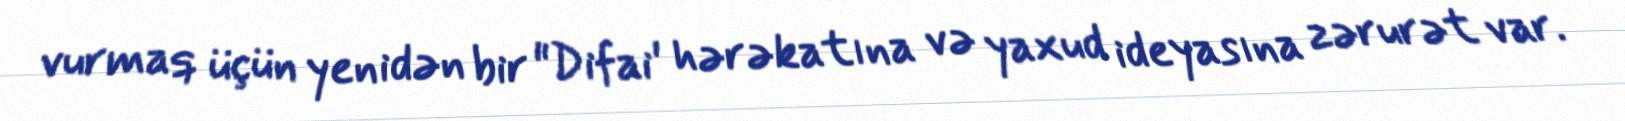
vurmaq üçün yenidən bir "Difai' hərəkatına və yaxud ideyasına zərurət var.